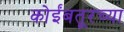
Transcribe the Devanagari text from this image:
कोईंबतूरच्या